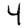
Digit: 4